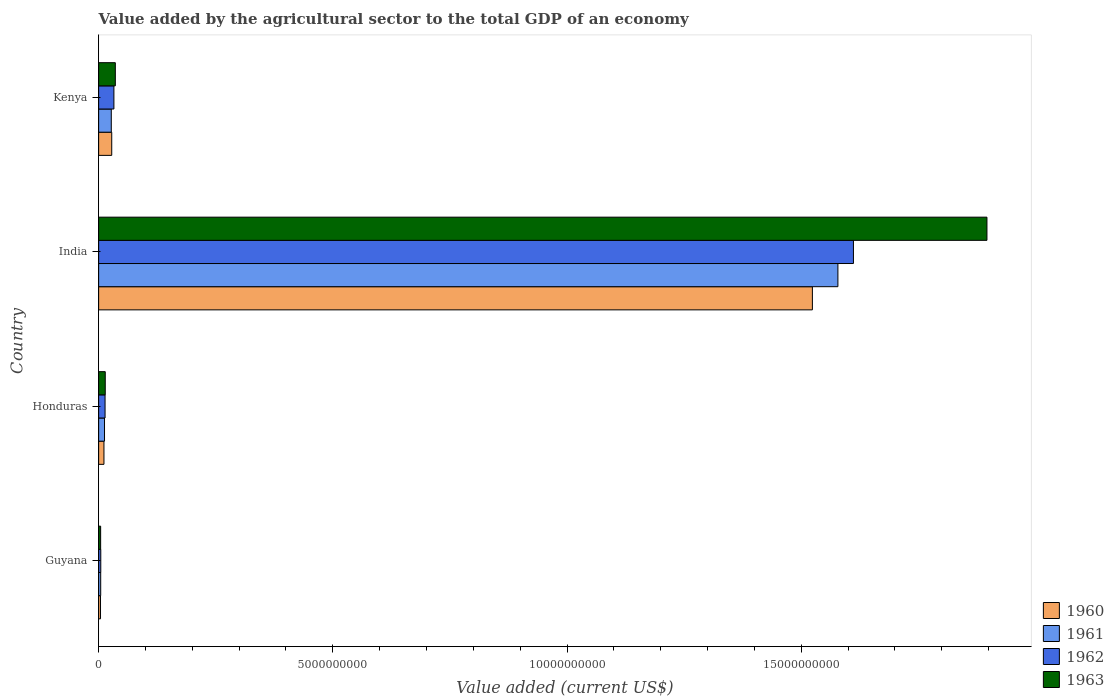
| Country | 1960 | 1961 | 1962 | 1963 |
 | --- | --- | --- | --- | --- |
 | Guyana | 4.01e+07 | 4.43e+07 | 4.57e+07 | 4.3e+07 |
 | Honduras | 1.14e+08 | 1.26e+08 | 1.37e+08 | 1.41e+08 |
 | India | 1.52e+10 | 1.58e+10 | 1.61e+10 | 1.9e+10 |
 | Kenya | 2.8e+08 | 2.7e+08 | 3.26e+08 | 3.56e+08 |